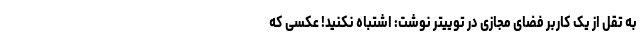
به تقل از یک کاربر فضای مجازی در توییتر نوشت: اشتباه نکنید! عکسی که